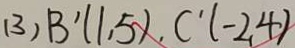
( 3 ) B ^ { \prime } ( 1 , 5 ) , C ^ { \prime } ( - 2 , 4 )